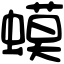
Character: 蟆